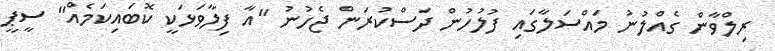
ރިލްވާން ގެއްލުނު މައްސަލާގައި ފުލުހުން ދަސްކުރަން ޖެހުނު "އާ ފިލާވަޅަކީ ކޮބައިކަމެއް" ސީޕީ